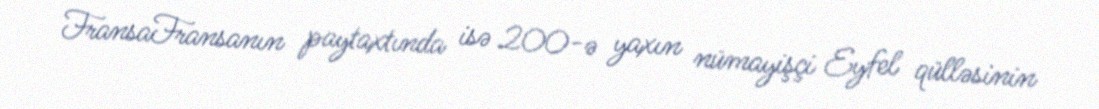
FransaFransanın paytaxtında isə 200-ə yaxın nümayişçi Eyfel qülləsinin